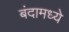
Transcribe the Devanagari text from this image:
बंदामध्ये